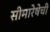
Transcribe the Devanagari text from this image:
सीमारेषेची